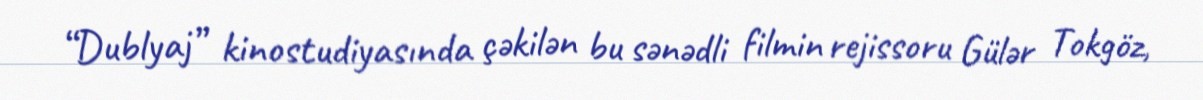
“Dublyaj” kinostudiyasında çəkilən bu sənədli filmin rejissoru Gülər Tokgöz,